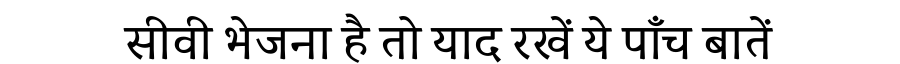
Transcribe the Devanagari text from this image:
सीवी भेजना है तो याद रखें ये पाँच बातें